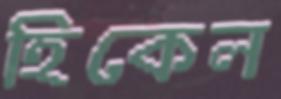
হিকেল